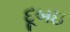
દૂબઇ